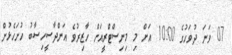
07 ވަނަ ދުވަހުގެ 10:00 އަށް މި މިނިސްޓްރީއަށް ހާޒިރުވެ އަންދާސީހިސާބު ހުށަހެޅުން